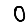
Digit: 0